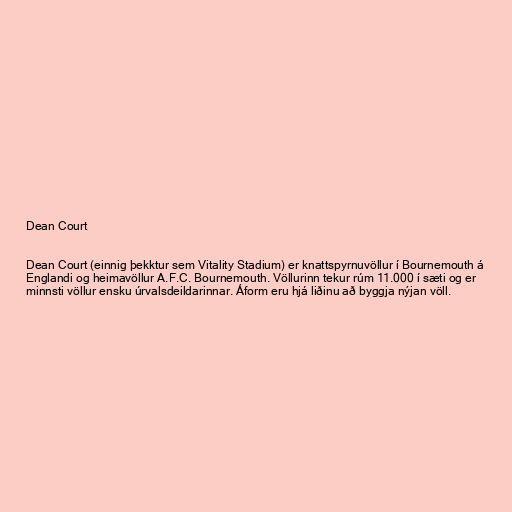
Dean Court

Dean Court (einnig þekktur sem Vitality Stadium) er knattspyrnuvöllur í Bournemouth á
Englandi og heimavöllur A.F.C. Bournemouth. Völlurinn tekur rúm 11.000 í sæti og er
minnsti völlur ensku úrvalsdeildarinnar. Áform eru hjá liðinu að byggja nýjan völl.